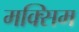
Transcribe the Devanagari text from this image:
मक्सिम